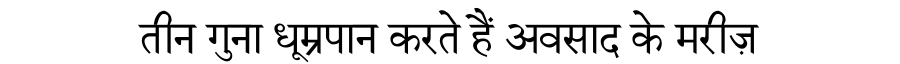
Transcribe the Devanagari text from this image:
तीन गुना धूम्रपान करते हैं अवसाद के मरीज़